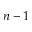
n - 1